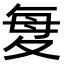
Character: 𫯋